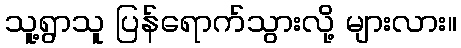
သူ့ရွာသူ ပြန်ရောက်သွားလို့ များလား။